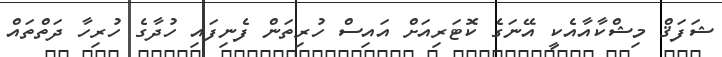
ޝަފަޤް މިޝްކާއާއެކީ އޭނަގެ ކޮޓަރިއަށް އައިސް ހުރިތަން ފެނިފައި ހުދާގެ ހުރިހާ ދަތްތައް